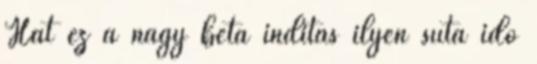
Hát ez a nagy béta indítás ilyen suta idő